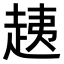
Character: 𧻑